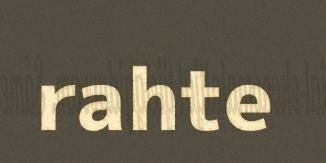
rahte